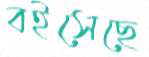
বইসেছে